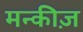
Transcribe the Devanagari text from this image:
मन्कीज़